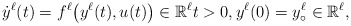
\begin{align*}\dot y^\ell(t)=f^\ell\big(y^\ell(t),u(t)\big)\in\mathbb R^\ell t>0,y^\ell(0)=y_\circ^\ell\in\mathbb R^\ell,\end{align*}